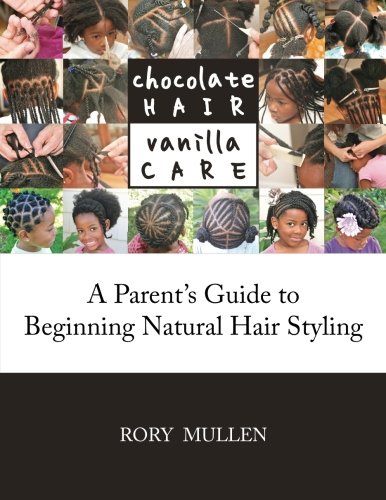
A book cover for Chocolate Hair Vanilla Care: A Parent's Guide to Beginning Natural Hair Styling; Rory Mullen; Health, Fitness & Dieting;